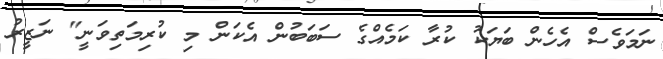
ނަމަވެސް އެހެން ބަޔަކު ކުރާ ކަމެއްގެ ސަބަބުން އެކަން މި ކުރިމަތިވަނީ" ނަޒީރު